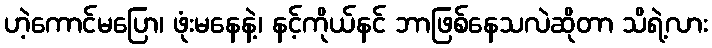
ဟဲ့ကောင်မပြော၊ ဖုံးမနေနဲ့၊ နင့်ကိုယ်နင် ဘာဖြစ်နေသလဲဆိုတာ သိရဲ့လား